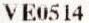
VE0514